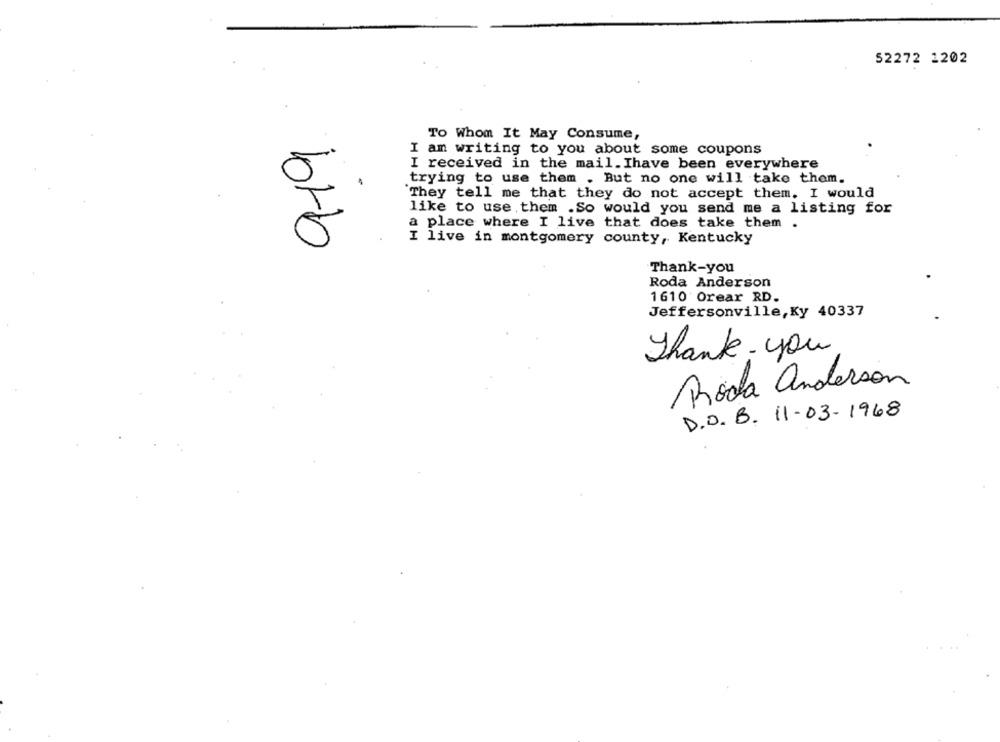
52272 1202
To Whom It May Consume,
I am writing to you about some coupons
I received in the mail.Ihave been everywhere
trying to use them . But no one will take them.
They tell me that they do not accept them. I would
like to use them .So would you send me a listing for
a place where I live that does take them .
I live in montgomery county, Kentucky
Thank-you
Roda Anderson
1610 Orear RD.
Jeffersonville,Ky 40337
Thank-you
Roda anderson
D.O. B. 11-03- 1968